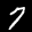
Label: 7